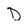
Character: D